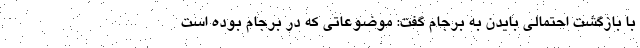
با بازگشت احتمالی بایدن به برجام گفت: موضوعاتی که در برجام بوده است